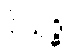
ဝိသုဒ္ဓိ